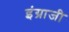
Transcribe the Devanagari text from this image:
इंग्राजी